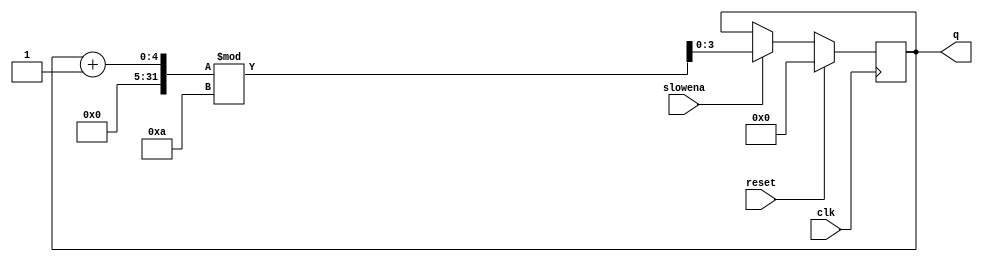
module top_module (
    input clk,
    input slowena,
    input reset,
    output [3:0] q);
    always @(posedge clk) begin
        if(reset) begin
            q = 0;
        end else begin
            if(slowena) begin
                q = (q+4'd1)%10;
            end 
        end
    end
endmodule